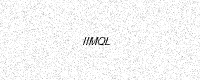
Text: IIMQL